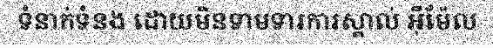
ទំនាក់ទំនង ដោយមិនទាមទារការស្គាល់ អ៊ីម៉ែល